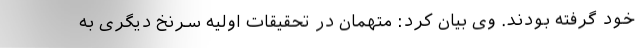
خود گرفته بودند. وی بیان کرد: متهمان در تحقیقات اولیه سرنخ دیگری به